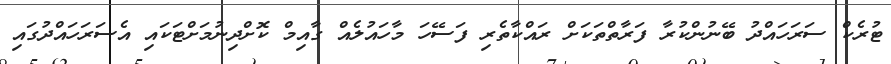
ޓުރެކް ސަރަހައްދު ބޭނުންކުރާ ފަރާތްތަކަށް ރައްކާތެރި ފަސޭހަ މާހައުލެއް ގާއިމް ކޮށްދިނުމަށްޓަކައި އެސަރަހައްދުގައި